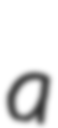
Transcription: a